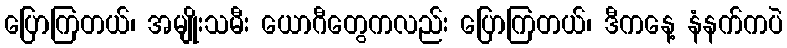
ပြောကြတယ်၊ အမျိုးသမီး ယောဂီတွေကလည်း ပြောကြတယ်၊ ဒီကနေ့ နံနက်ကပဲ